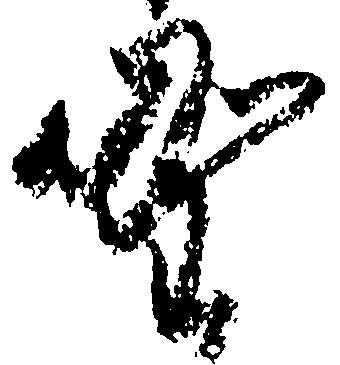
野